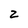
Character: 2